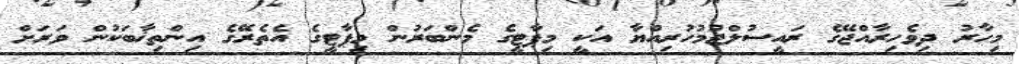
މިހާރު ދިވެހިރާއްޖޭގެ ރައީސުލްޖުމުހުރިއްޔާ އަކީ މިޕާޓީގެ މެންބަރުން މިޕާޓީގެ އެތެރޭގެ އިންތިޚާބަކުން ވަރަށް